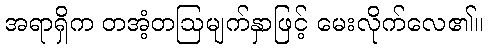
အရာရှိက တအံ့တဩမျက်နှာဖြင့် မေးလိုက်လေ၏။